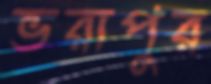
ভরাপুর